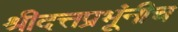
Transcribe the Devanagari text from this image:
श्रीदत्तप्रभूंनीच